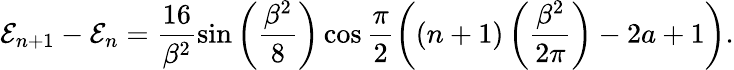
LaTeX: {\cal E}_{n+1}-{\cal E}_{n}=\frac{16}{\beta^{2}}\sin\left(\frac{\beta^{2}}{8}\right)\cos\frac{\pi}{2}\left(\left(n+1\right)\left(\frac{\beta^{2}}{2\pi}\right)-2a+1\right).